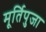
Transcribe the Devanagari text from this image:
मूर्तिपुजा